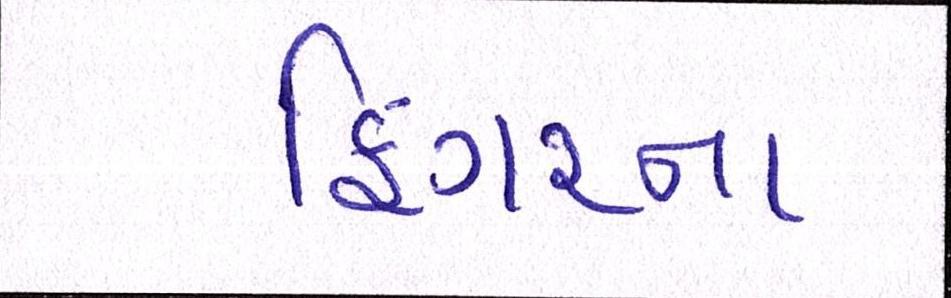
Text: ફિંગરના